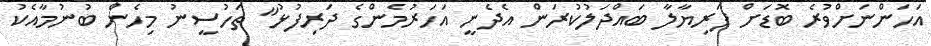
އަހަންނަށްވުރެ ބޮޑަށް ފަރިޔާލާ ބައްދަލުކުރަން އެދެނީ އަހަރުމެންގެ ދަރިފުޅު" ތަހުސީނު މިހެން ބުނުމާއެކު